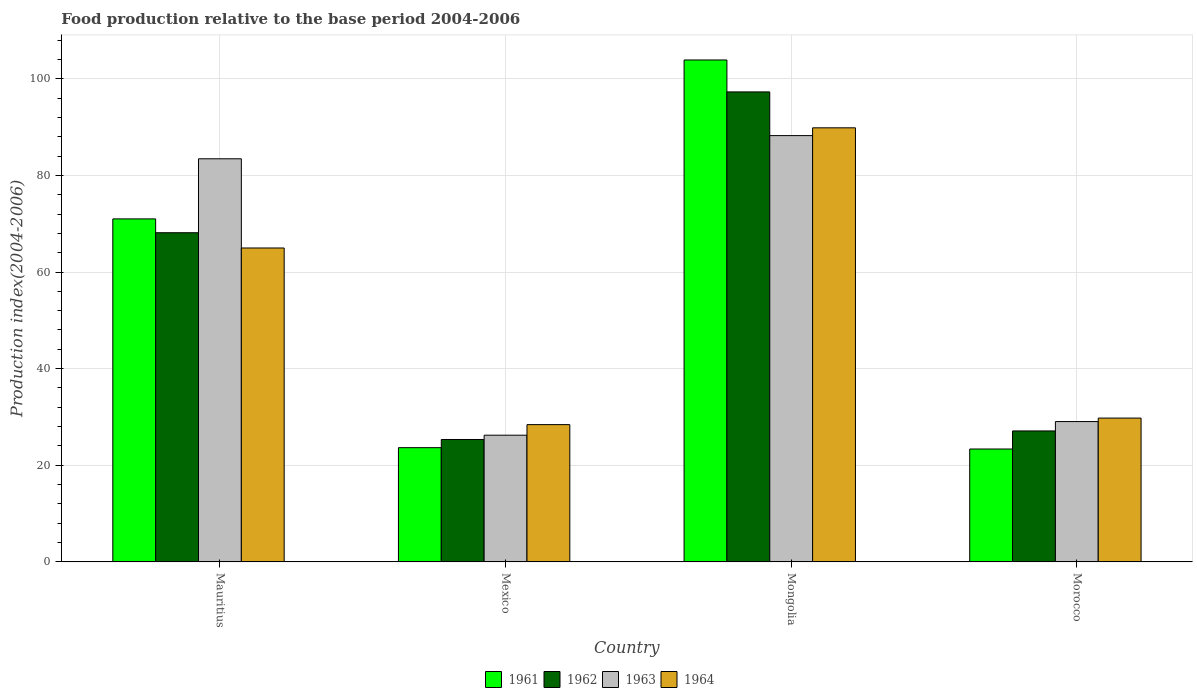
| Country | 1961 | 1962 | 1963 | 1964 |
 | --- | --- | --- | --- | --- |
 | Mauritius | 71 | 68.1 | 83.4 | 65 |
 | Mexico | 23.6 | 25.3 | 26.2 | 28.4 |
 | Mongolia | 104 | 97.3 | 88.2 | 89.8 |
 | Morocco | 23.4 | 27.1 | 29.1 | 29.8 |